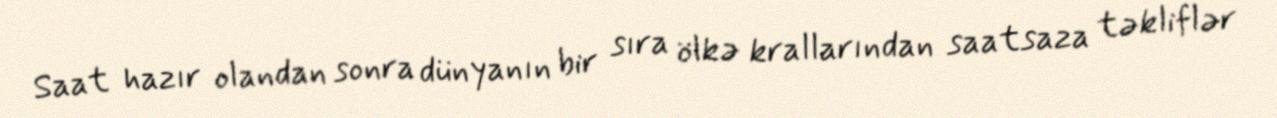
Saat hazır olandan sonra dünyanın bir sıra ölkə krallarından saatsaza təkliflər